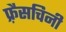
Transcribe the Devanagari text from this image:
फ़्रैसचिनी